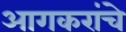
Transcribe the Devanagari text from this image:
आगकरांचे